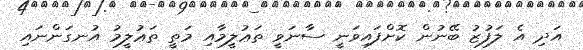
އަދި އެ ލަފުޒު ބޭނުން ކޮށްފައިވަނީ ސާނަވީ ތަޢުލީމާއި މަތީ ތަޢުލީމު އުނގަންނައި